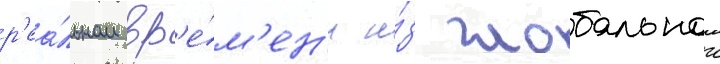
р'еа́льном вр'е́м'ен'и и́з глобальнои